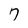
Character: 7